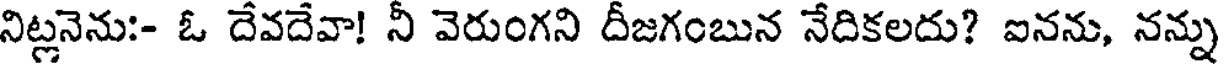
నిట్లనెను:- ఓ దేవదేవా! నీ వెరుంగని దీజగంబున నేదికలదు? ఐనను, నన్ను